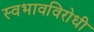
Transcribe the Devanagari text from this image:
स्वभावविरोधी